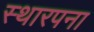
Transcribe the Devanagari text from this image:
स्थारपना